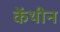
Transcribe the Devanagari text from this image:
केंथीन